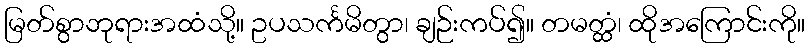
မြတ်စွာဘုရားအထံသို့။ ဥပသင်္ကမိတွာ၊ ချဉ်းကပ်၍။ တမတ္ထံ၊ ထိုအကြောင်းကို။